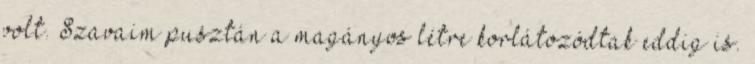
volt. Szavaim pusztán a magányos létre korlátozódtak eddig is.